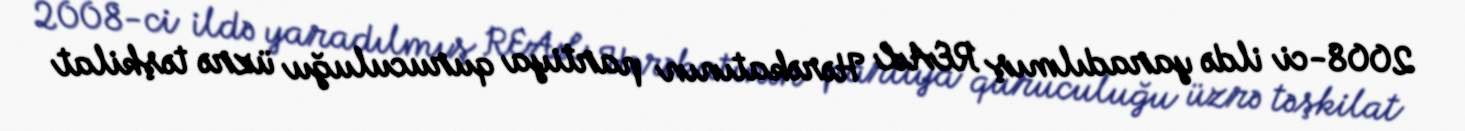
2008-ci ildə yaradılmış REAL Hərəkatının partiya quruculuğu üzrə təşkilat